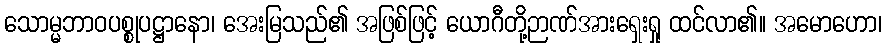
သောမ္မဘာဝပစ္စုပဋ္ဌာနော၊ အေးမြသည်၏ အဖြစ်ဖြင့် ယောဂီတို့ဉာဏ်အားရှေးရှု ထင်လာ၏။ အမောဟော၊